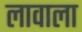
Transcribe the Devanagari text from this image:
लावाला